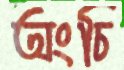
অংচি